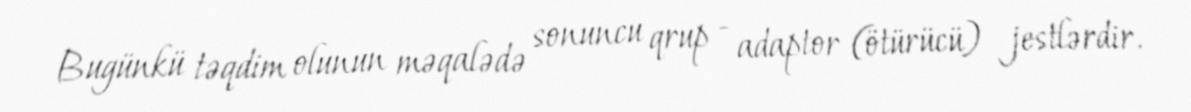
Bugünkü təqdim olunun məqalədə sonuncu qrup - adaptor (ötürücü) jestlərdir.